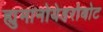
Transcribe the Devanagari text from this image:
ह्युमानोयेडरोबोट